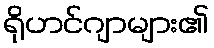
ရိုဟင်ဂျာများ၏